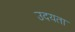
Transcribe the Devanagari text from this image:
उदयता